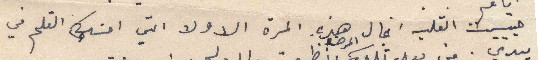
حبيبت القلب انجال هذه المرة الاولا التي امسيك القلم في